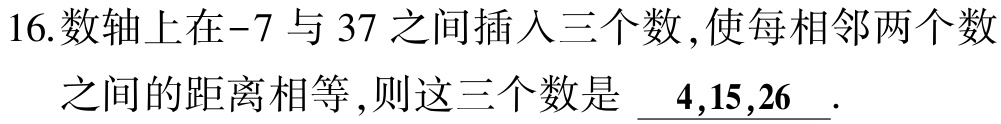
16.数轴上在\(-7\)与\(37\)之间插入三个数,使每相邻两个数

之间的距离相等,则这三个数是 \(\underline{4,15,26}\).